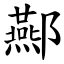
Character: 酀